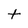
Character: t